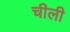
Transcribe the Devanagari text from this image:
चीली